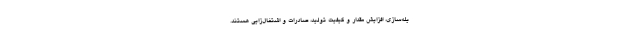
یله‌سازی، افزایش مقدار و کیفیت تولید، صادرات و اشتغال‌زایی هستند.